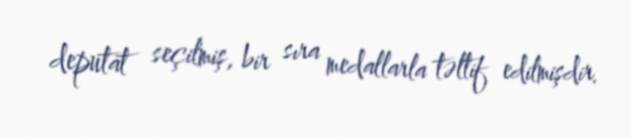
deputat seçilmiş, bir sıra medallarla təltif edilmişdir.